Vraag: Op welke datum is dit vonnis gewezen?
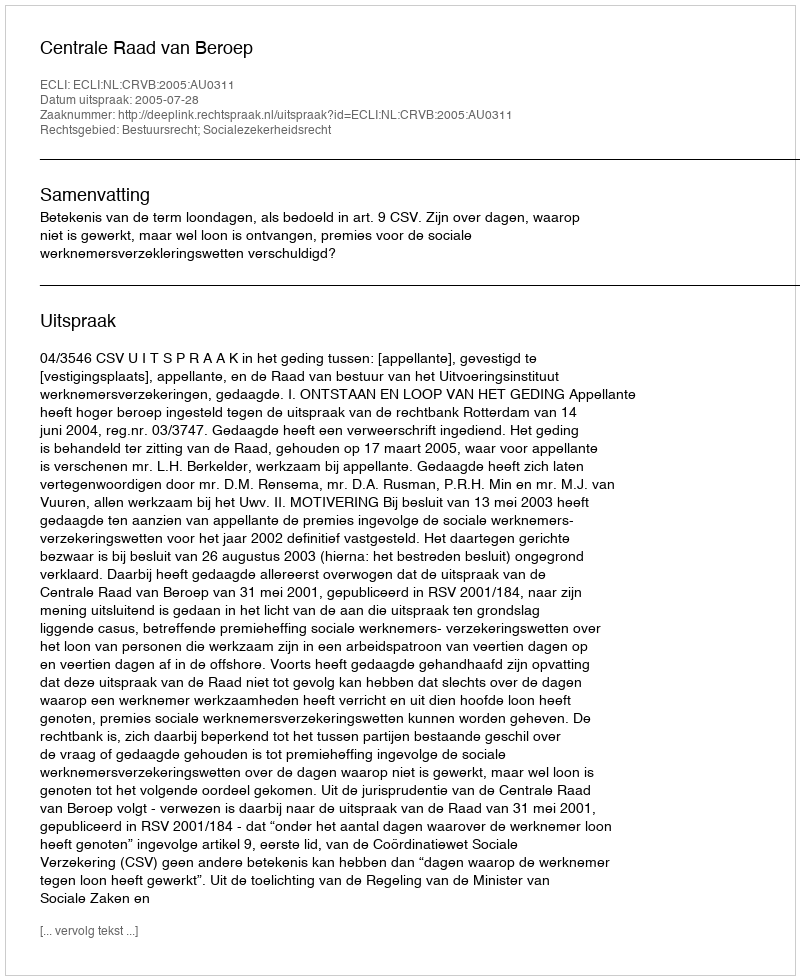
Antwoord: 2005-07-28